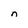
Character: n